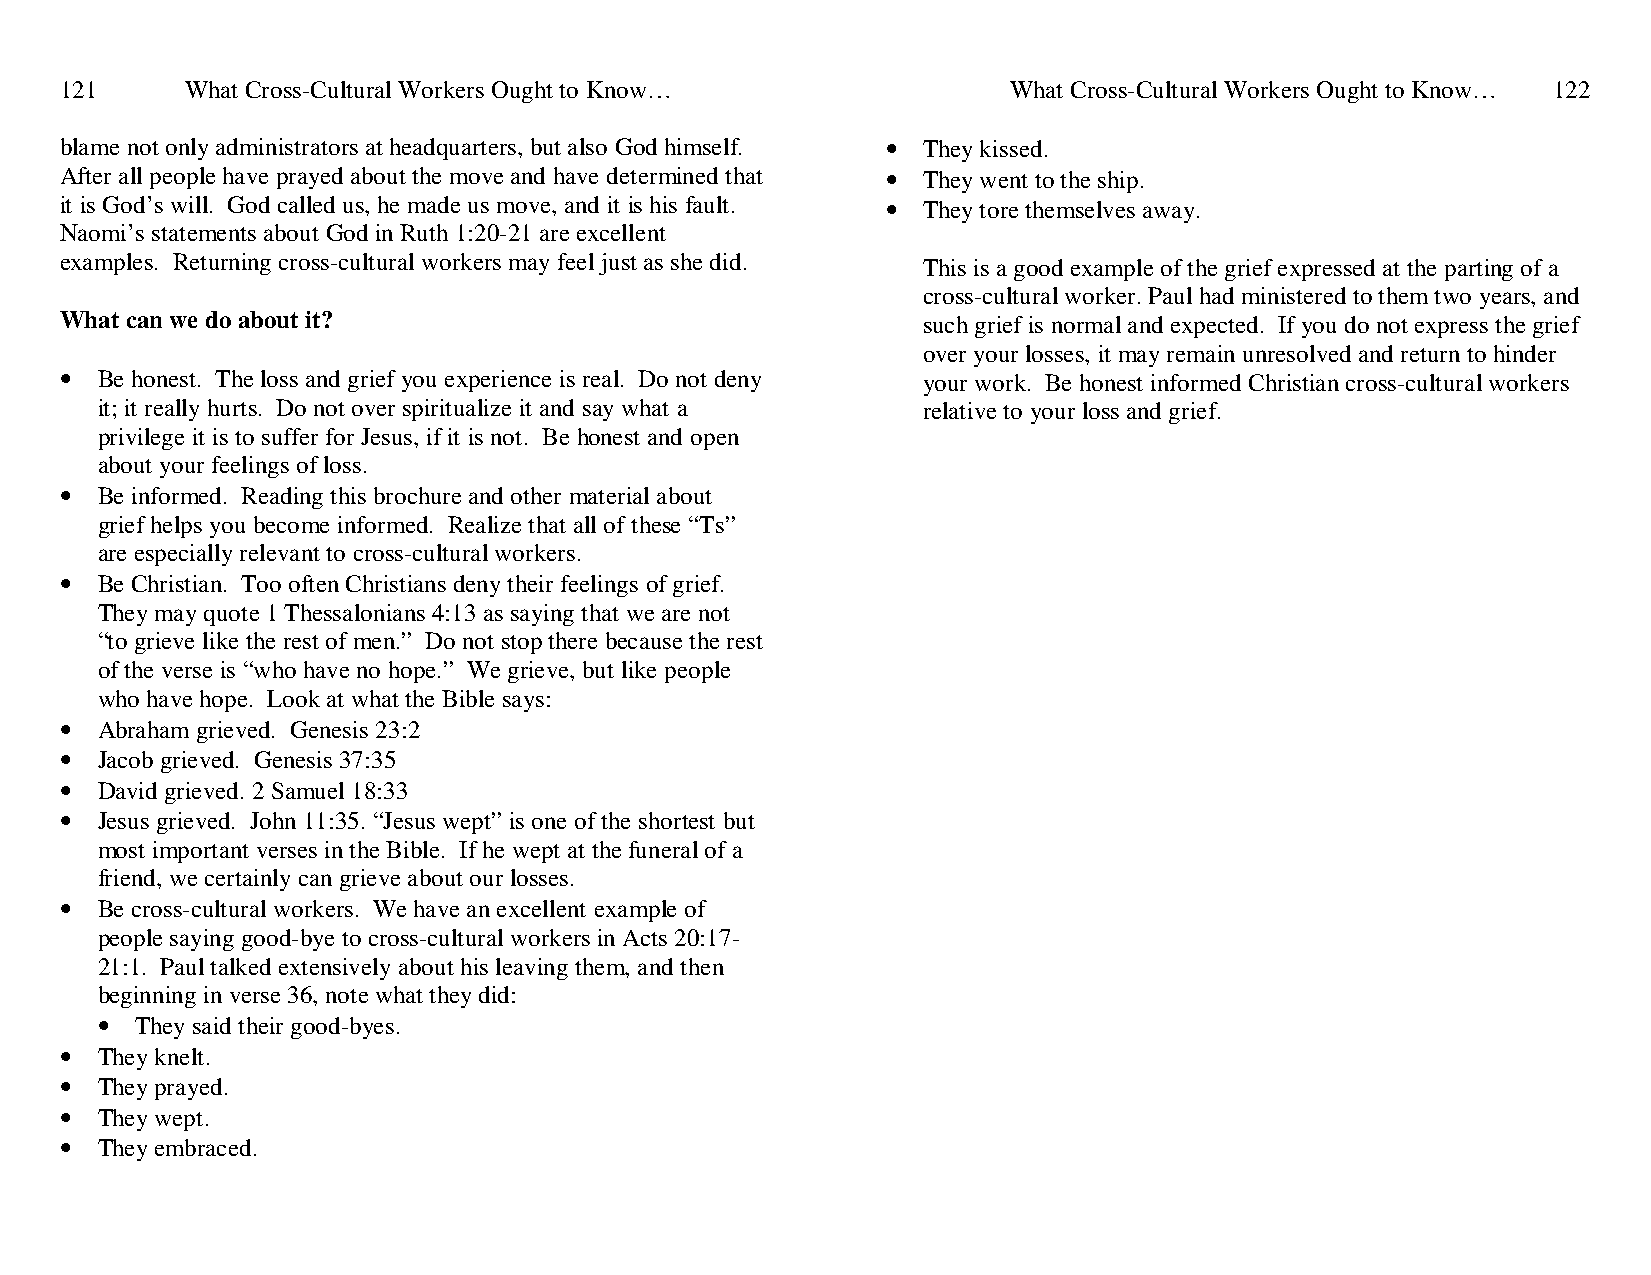
121     What Cross-Cultural Workers Ought to Know…             What Cross-Cultural Workers Ought to Know… 122
 blame not only administrators at headquarters, but also God himself. • They kissed.
 After all people have prayed about the move and have determined that • They went to the ship.
 it is God’s will. God called us, he made us move, and it is his fault. • They tore themselves away.
 Naomi’s statements about God in Ruth 1:20-21 are excellent
 examples. Returning cross-cultural workers may feel just as she did. This is a good example of the grief expressed at the parting of a
 cross-cultural worker. Paul had ministered to them two years, and
 What can we do about it?                                 such grief is normal and expected. If you do not express the grief
 over your losses, it may remain unresolved and return to hinder
 • Be honest. The loss and grief you experience is real. Do not deny your work. Be honest informed Christian cross-cultural workers
 it; it really hurts. Do not over spiritualize it and say what a relative to your loss and grief.
 privilege it is to suffer for Jesus, if it is not. Be honest and open
 about your feelings of loss.
 • Be informed. Reading this brochure and other material about
 grief helps you become informed. Realize that all of these “Ts”
 are especially relevant to cross-cultural workers.
 • Be Christian. Too often Christians deny their feelings of grief.
 They may quote 1 Thessalonians 4:13 as saying that we are not
 “to grieve like the rest of men.” Do not stop there because the rest
 of the verse is “who have no hope.” We grieve, but like people
 who have hope. Look at what the Bible says:
 • Abraham grieved. Genesis 23:2
 • Jacob grieved. Genesis 37:35
 • David grieved. 2 Samuel 18:33
 • Jesus grieved. John 11:35. “Jesus wept” is one of the shortest but
 most important verses in the Bible. If he wept at the funeral of a
 friend, we certainly can grieve about our losses.
 • Be cross-cultural workers. We have an excellent example of
 people saying good-bye to cross-cultural workers in Acts 20:17-
 21:1. Paul talked extensively about his leaving them, and then
 beginning in verse 36, note what they did:
 •  They said their good-byes.
 • They knelt.
 • They prayed.
 • They wept.
 • They embraced.